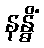
နန္ဓိံ